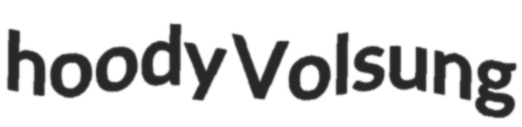
hoody Volsung